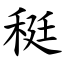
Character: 䅍